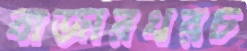
বাজারখরচ